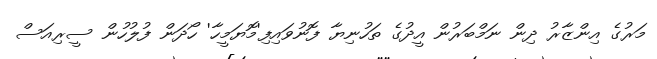
މަރުގެ އިންޒާރު ދިން ނަމްބަރުން އީދުގެ ތަހުނިޔާ ފޮނުވައިފި'މޮޔަމީހާ' ހޯދަން ފުލުހުން ސީރިއަސް